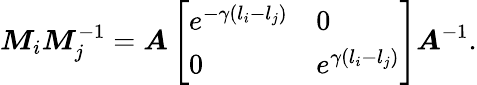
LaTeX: \boldsymbol{M}_{i}\boldsymbol{M}_{j}^{-1}=\boldsymbol{A}\left[\begin{array}{ll}{e^{-\gamma(l_{i}-l_{j})}}&{0}\\ {0}&{e^{\gamma(l_{i}-l_{j})}}\end{array}\right]\boldsymbol{A}^{-1}.